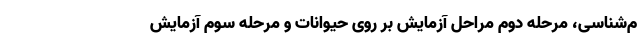
م‌شناسی، مرحله دوم مراحل آزمایش بر روی حیوانات و مرحله سوم آزمایش